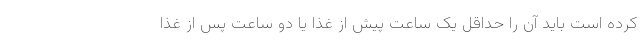
کرده است باید آن را حداقل یک ساعت پیش از غذا یا دو ساعت پس از غذا